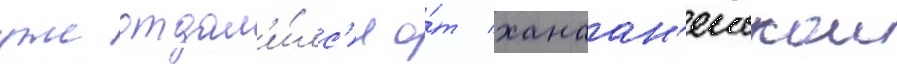
уже отдал'и́лс'я о́т ханаан'еискои